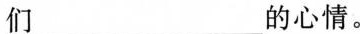
们___的心情。